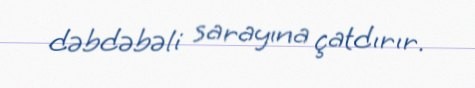
dəbdəbəli sarayına çatdırır.